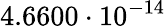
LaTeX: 4.6600\cdot 10^{-14}